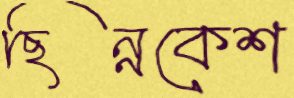
ছিন্নকেশ